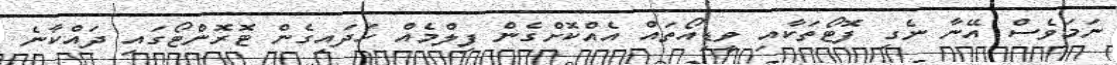
ނަމަވެސް އޭނާ ނެގި ފޮޓޯތަކާއި ވީޑިއޯތައް އެއްކޮށްގެން ފިލްމެއް ހަދައިގެން ޓޮރޮންޓޯގައި ދައްކާނެ